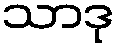
သာဒု